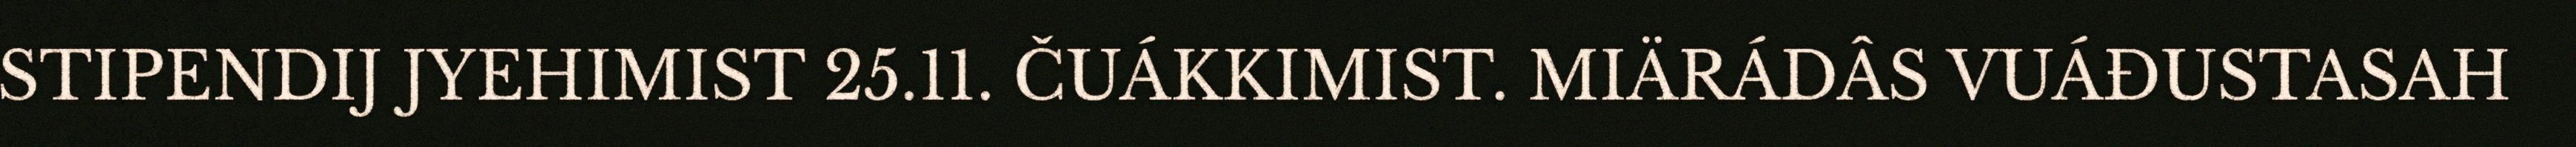
STIPENDIJ JYEHIMIST 25.11. ČUÁKKIMIST. MIÄRÁDÂS VUÁĐUSTASAH